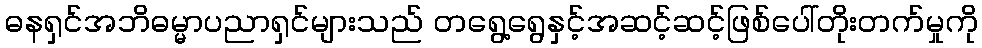
ဓနရှင်အဘိဓမ္မာပညာရှင်များသည် တရွေ့ရွေနှင့်အဆင့်ဆင့်ဖြစ်ပေါ်တိုးတက်မှုကို